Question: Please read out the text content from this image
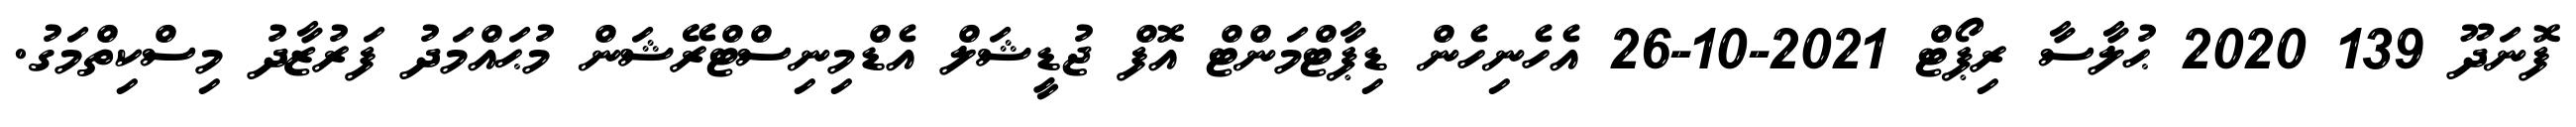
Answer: ފޮނަދޫ 139 2020 ޙުލާސާ ރިޕޯޓް 2021-10-26 އެހެނިހެން ޑިޕާޓްމަންޓް އޮފް ޖުޑީޝަލް އެޑްމިނިސްޓްރޭޝަން މުޙައްމަދު ފަރުޒާދު މިސްކިތްމަގު.